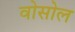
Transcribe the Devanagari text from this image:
वोसोल